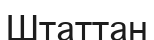
Штаттан